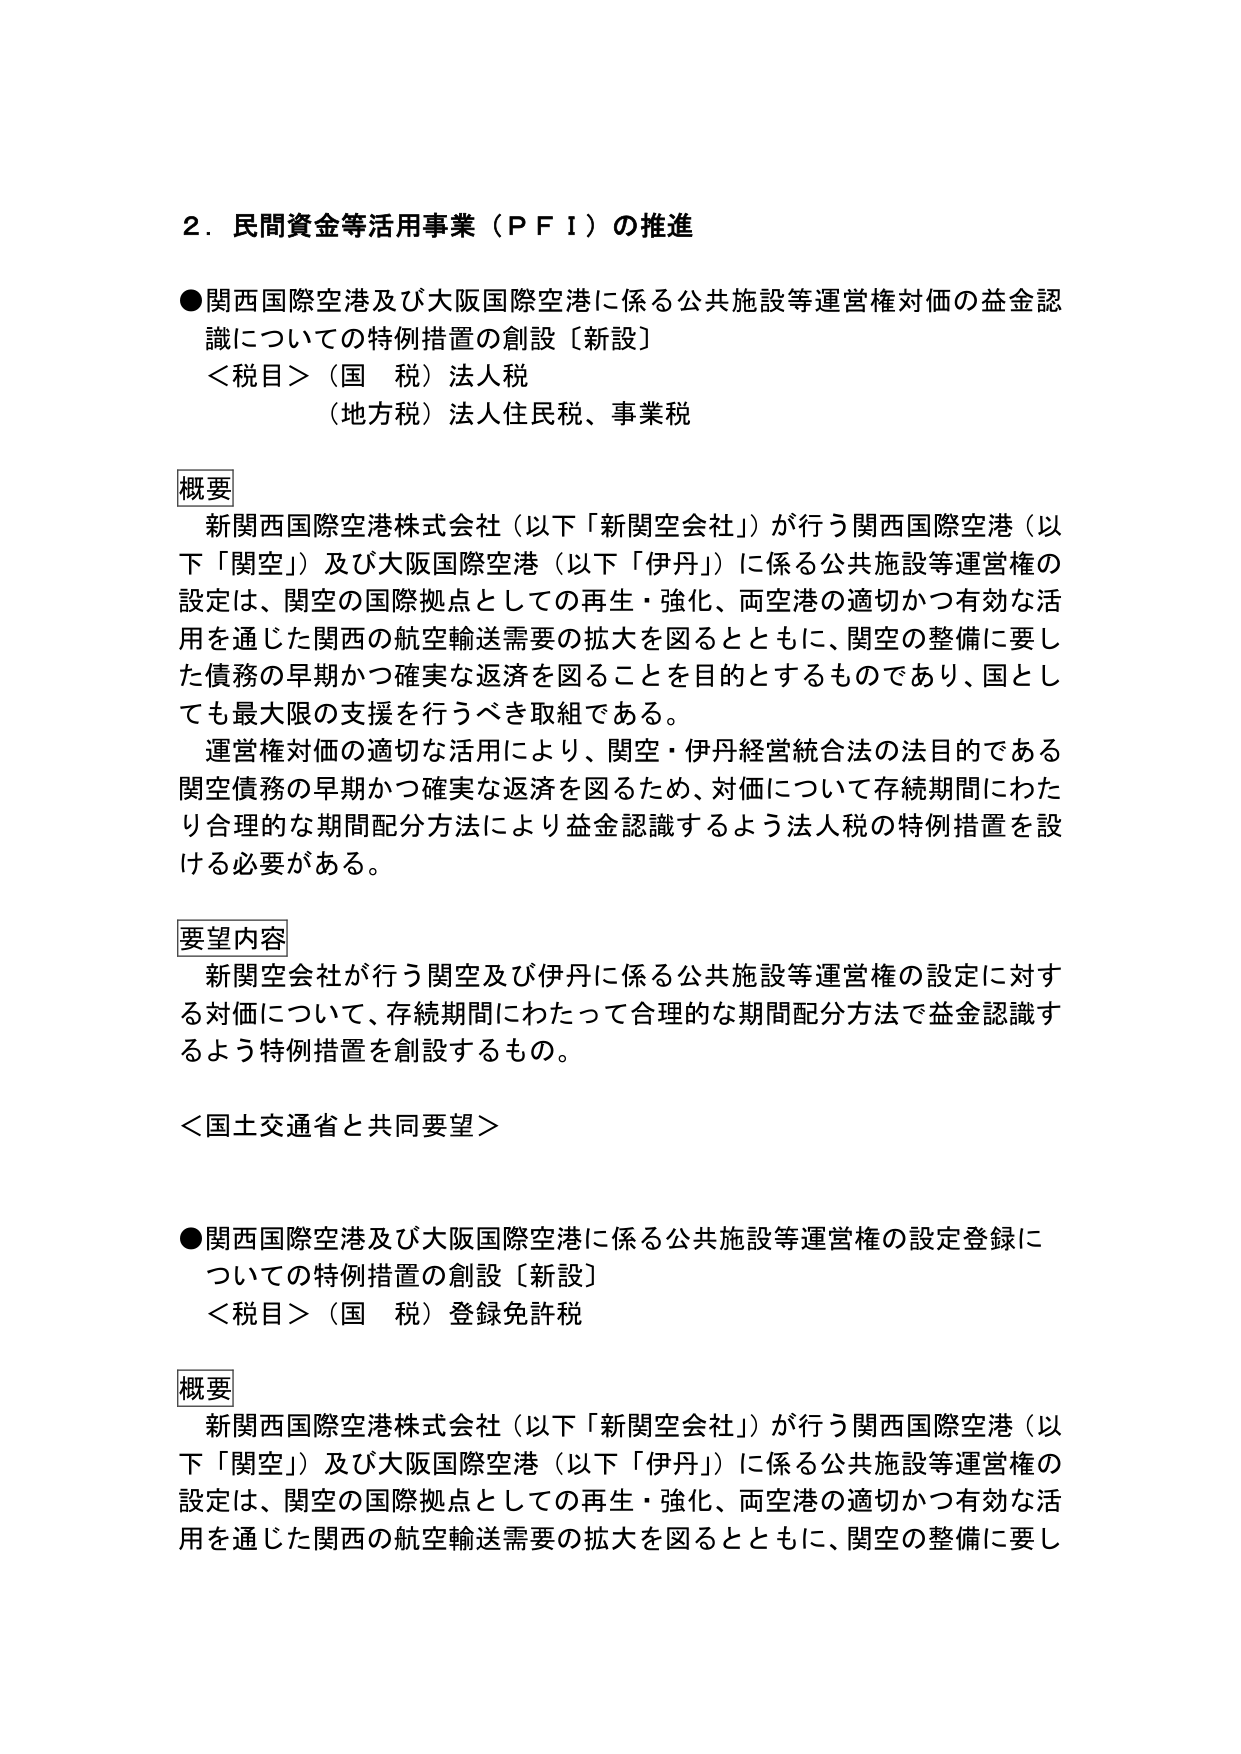
２．民間資金等活用事業（ＰＦＩ）の推進

●関西国際空港及び大阪国際空港に係る公共施設等運営権対価の益金認識についての特例措置の創設〔新設〕
＜税目＞（国　税）法人税
（地方税）法人住民税、事業税

概要
新関西国際空港株式会社（以下「新関空会社」）が行う関西国際空港（以下「関空」）及び大阪国際空港（以下「伊丹」）に係る公共施設等運営権の設定は、関空の国際拠点としての再生・強化、両空港の適切かつ有効な活用を通じた関西の航空輸送需要の拡大を図るとともに、関空の整備に要した債務の早期かつ確実な返済を図ることを目的とするものであり、国としても最大限の支援を行うべき取組である。
運営権対価の適切な活用により、関空・伊丹経営統合法の法目的である関空債務の早期かつ確実な返済を図るため、対価について存続期間にわたり合理的な期間配分方法により益金認識するよう法人税の特例措置を設ける必要がある。

要望内容
新関空会社が行う関空及び伊丹に係る公共施設等運営権の設定に対する対価について、存続期間にわたって合理的な期間配分方法で益金認識するよう特例措置を創設するもの。

＜国土交通省と共同要望＞

●関西国際空港及び大阪国際空港に係る公共施設等運営権の設定登録についての特例措置の創設〔新設〕
＜税目＞（国　税）登録免許税

概要
新関西国際空港株式会社（以下「新関空会社」）が行う関西国際空港（以下「関空」）及び大阪国際空港（以下「伊丹」）に係る公共施設等運営権の設定は、関空の国際拠点としての再生・強化、両空港の適切かつ有効な活用を通じた関西の航空輸送需要の拡大を図るとともに、関空の整備に要し